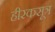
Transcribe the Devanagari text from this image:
हीरकसूत्र